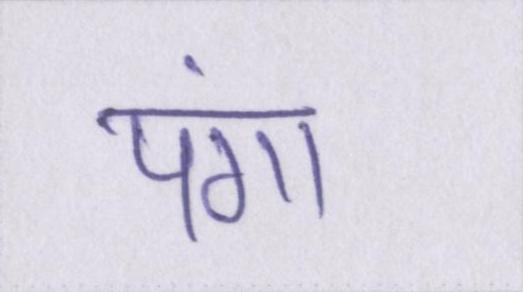
पंगा